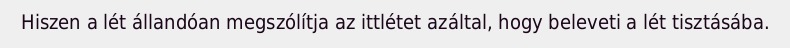
Hiszen a lét állandóan megszólítja az ittlétet azáltal, hogy beleveti a lét tisztásába.